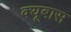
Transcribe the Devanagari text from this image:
क्यूबास